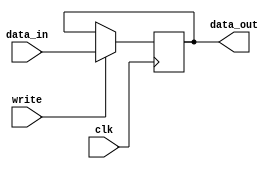
module midr
    (input clk,write,
    input [15:0] data_in,
    output reg [15:0] data_out);


     always @(negedge clk)
        begin
            if (write) data_out <= data_in;
        end
endmodule